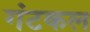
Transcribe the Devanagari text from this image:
गंटकल